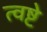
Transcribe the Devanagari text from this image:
त्वष्टे